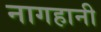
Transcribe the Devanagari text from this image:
नागहानी